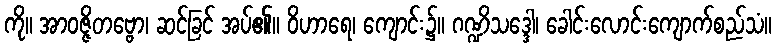
ကို။ အာဝဇ္ဇိတဗ္ဗော၊ ဆင်ခြင် အပ်၏။ ဝိဟာရေ၊ ကျောင်း၌။ ဂဏ္ဍိသဒ္ဒေါ၊ ခေါင်းလောင်းကျောက်စည်သံ။